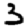
Digit: 3